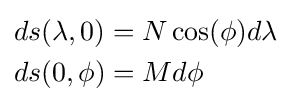
{\begin{aligned}&ds(\lambda ,0)=N\cos(\phi )d\lambda \\&ds(0,\phi )=Md\phi \end{aligned}}